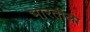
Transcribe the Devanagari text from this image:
भारतीला